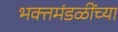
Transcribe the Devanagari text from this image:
भक्तमंडळींच्या